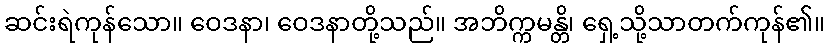
ဆင်းရဲကုန်သော။ ဝေဒနာ၊ ဝေဒနာတို့သည်။ အဘိက္ကမန္တိ၊ ရှေ့သို့သာတက်ကုန်၏။